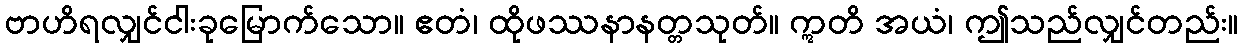
ဗာဟိရလျှင်ငါးခုမြောက်သော။ ဧတံ၊ ထိုဖဿနာနတ္တသုတ်။ ဣတိ အယံ၊ ဤသည်လျှင်တည်း။